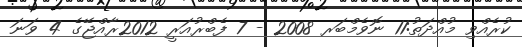
ކުރެއްވި މުއްދަތު:11 ނޮވެމްބަރ 2008 - 7 ފެބްރުއަރީ 2012ރާއްޖޭގެ 4 ވަނަ